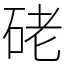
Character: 硓